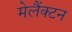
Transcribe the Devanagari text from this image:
मेलैंक्टन